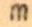
m